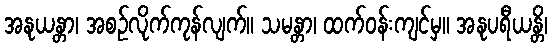
အနုယန္တာ၊ အစဉ်လိုက်ကုန်လျက်။ သမန္တာ၊ ထက်ဝန်းကျင်မှ။ အနုပရီယန္တိ၊